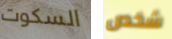
السكوت شخص